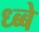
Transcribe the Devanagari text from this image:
ध्ब्बे